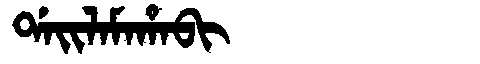
Manchu: ᡩᠠᡳᠯᠠᠮᠠᡥᠠᠪᡳ
Romanization: DAILAMAHABI